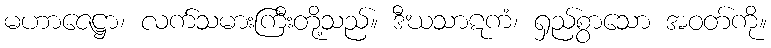
မဟာဇေဋ္ဌာ၊ လက်သမားကြီးတို့သည်။ ဒီဃသာဋကံ၊ ရှည်စွာသော အဝတ်ကို။